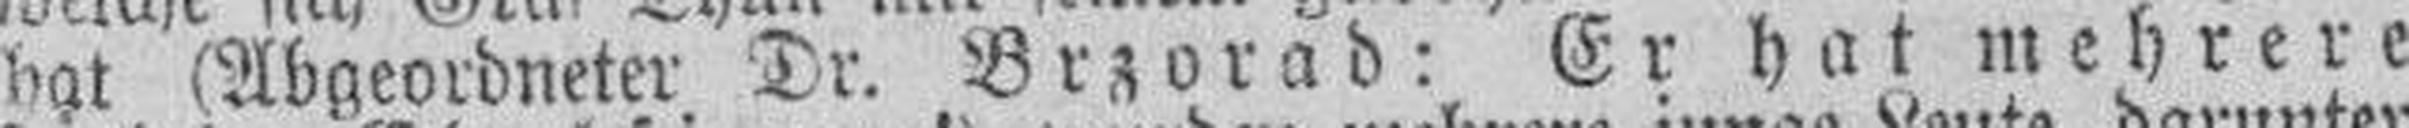
hat (Abgeordneter Dr. Brzorad: Er hat mehrere